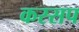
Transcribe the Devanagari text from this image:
कस्सप